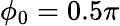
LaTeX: \phi_{0}=0.5\pi